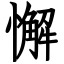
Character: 懈